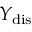
{ Y _ { \mathrm { { d i s } } } }